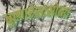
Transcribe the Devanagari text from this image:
बुखारेस्टसोबत